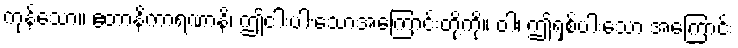
ကုန်သော။ ဧတာနိကာရဏာနိ၊ ဤငါးပါးသောအကြောင်းတို့ကို။ ဝါ၊ ဤရှစ်ပါးသော အကြောင်း